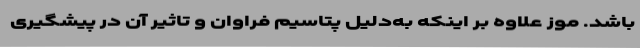
باشد. موز علاوه بر اینکه به‌دلیل پتاسیم فراوان و تاثیر آن در پیشگیری